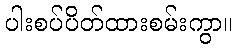
ပါးစပ်ပိတ်ထားစမ်းကွာ။